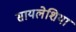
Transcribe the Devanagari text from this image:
सायलेशिया